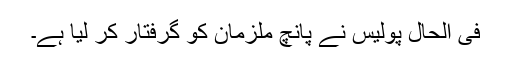
فی الحال پولیس نے پانچ ملزمان کو گرفتار کر لیا ہے۔